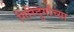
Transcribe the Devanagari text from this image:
गिरिदुर्गांच्या